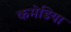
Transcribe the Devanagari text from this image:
कमेडिया